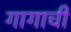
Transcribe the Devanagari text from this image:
गागाची